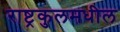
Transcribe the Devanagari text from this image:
राष्ट्रकुलमधील